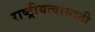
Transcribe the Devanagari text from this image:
राष्ट्रीयत्वासाठी